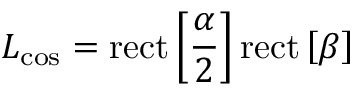
L _ { \mathrm { c o s } } = \mathrm { r e c t } \left[ \frac { \alpha } { 2 } \right] \mathrm { r e c t } \left[ \beta \right]